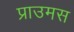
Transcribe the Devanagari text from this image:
प्राउमस